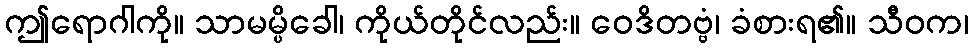
ဤရောဂါကို။ သာမမ္ပိခေါ၊ ကိုယ်တိုင်လည်း။ ဝေဒိတဗ္ဗံ၊ ခံစားရ၏။ သီဝက၊